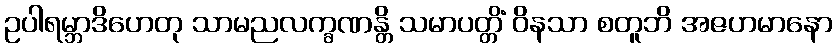
ဥပါရမ္ဘာဒိဟေတု သာမညလက္ခဏန္တိ သမာပတ္တိံ ဝိနသာ စတူဘိ အဇဟမာနော